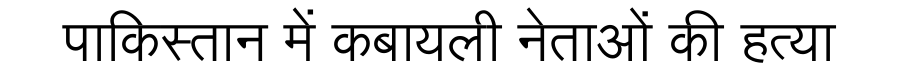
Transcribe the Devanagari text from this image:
पाकिस्तान में कबायली नेताओं की हत्या